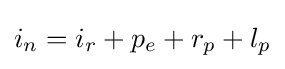
i_{n}=i_{r}+p_{e}+r_{p}+l_{p}\,\!